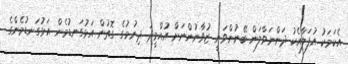
އެކަމަކު އުފަލާއެކު ދަންނަވާލަން ބޭނުންވަނީ ޒުވާނުންނަށް އުއްމީދު ދިނުމުގެ ގޮތުން އަޅުގަނޑުމެން އަޅުގަނޑުމެންގެ